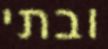
ובתי